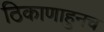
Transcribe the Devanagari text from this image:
ठिकाणाहुनच